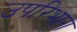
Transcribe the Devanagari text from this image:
उपरिभाग